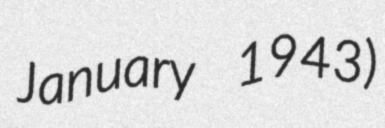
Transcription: January 1943)